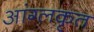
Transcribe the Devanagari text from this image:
आंग्लकृत